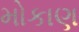
મોકાણ